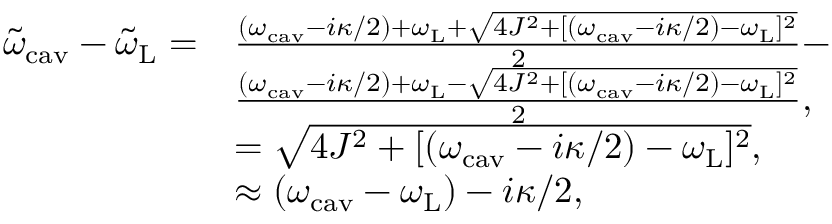
\begin{array} { r l r } { \tilde { \omega } _ { \mathrm { c a v } } - \tilde { \omega } _ { \mathrm { L } } = } & { \frac { ( \omega _ { \mathrm { c a v } } - i \kappa / 2 ) + \omega _ { \mathrm { L } } + \sqrt { 4 J ^ { 2 } + [ ( \omega _ { \mathrm { c a v } } - i \kappa / 2 ) - \omega _ { \mathrm { L } } ] ^ { 2 } } } { 2 } - } & \\ & { \frac { ( \omega _ { \mathrm { c a v } } - i \kappa / 2 ) + \omega _ { \mathrm { L } } - \sqrt { 4 J ^ { 2 } + [ ( \omega _ { \mathrm { c a v } } - i \kappa / 2 ) - \omega _ { \mathrm { L } } ] ^ { 2 } } } { 2 } , } \\ & { = \sqrt { 4 J ^ { 2 } + [ ( \omega _ { \mathrm { c a v } } - i \kappa / 2 ) - \omega _ { \mathrm { L } } ] ^ { 2 } } , } & \\ & { \approx ( \omega _ { \mathrm { c a v } } - \omega _ { \mathrm { L } } ) - i \kappa / 2 , } \end{array}